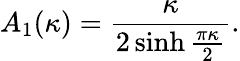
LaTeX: A_{1}(\kappa)=\frac{\kappa}{2\sinh\frac{\pi\kappa}{2}}.